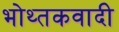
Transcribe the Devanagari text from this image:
भोथ्तकवादी